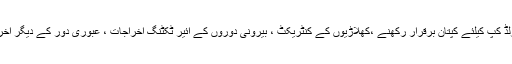
بتایا گیا ہے کہ اجلاس میں مصباح الحق کو 2015ء تک کے ورلڈ کپ کیلئے کپتان برقرار رکھنے ،کھلاڑیوں کے کنٹریکٹ ، بیرونی دوروں کے ائیر ٹکٹنگ اخراجات ، عبوری دور کے دیگر اخراجات کے حوالے سے تمام معاملات پر نظر ثانی کی جائے گی۔